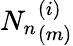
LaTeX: {N_{n}}_{(m)}^{(i)}